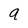
Character: 9